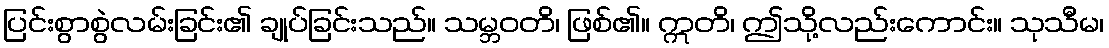
ပြင်းစွာစွဲလမ်းခြင်း၏ ချုပ်ခြင်းသည်။ သမ္ဘဝတိ၊ ဖြစ်၏။ ဣတိ၊ ဤသို့လည်းကောင်း။ သုသီမ၊